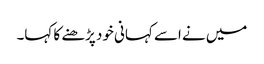
میں نے اسے کہانی خود پڑھنے کا کہا۔